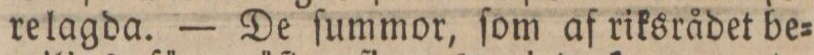
relagda. — De ſummor, ſom af riksrådet be=